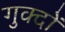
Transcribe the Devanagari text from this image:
गुक्दों